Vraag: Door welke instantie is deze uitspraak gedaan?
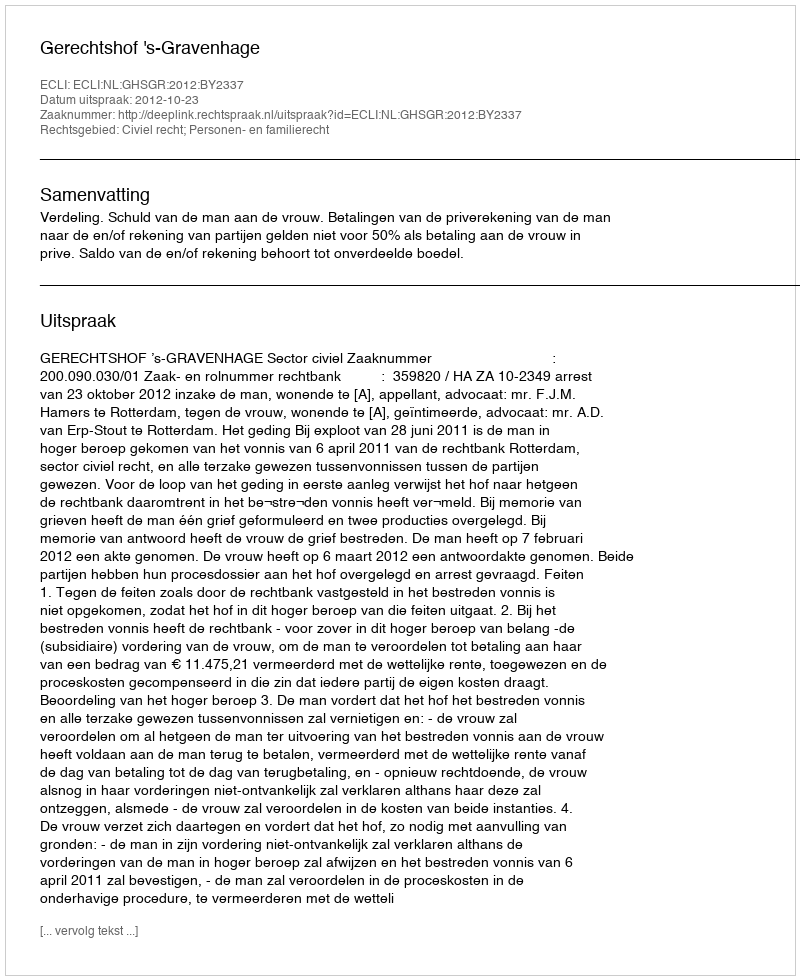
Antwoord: Gerechtshof 's-Gravenhage